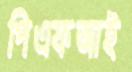
পিএফআই